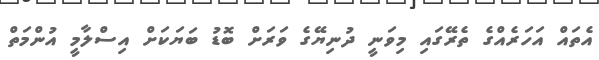
އެތައް އަހަރެއްގެ ތެރޭގައި މިވަނީ ދުނިޔޭގެ ވަރަށް ބޮޑު ބަޔަކަށް އިސްލާމީ އުންމަތް